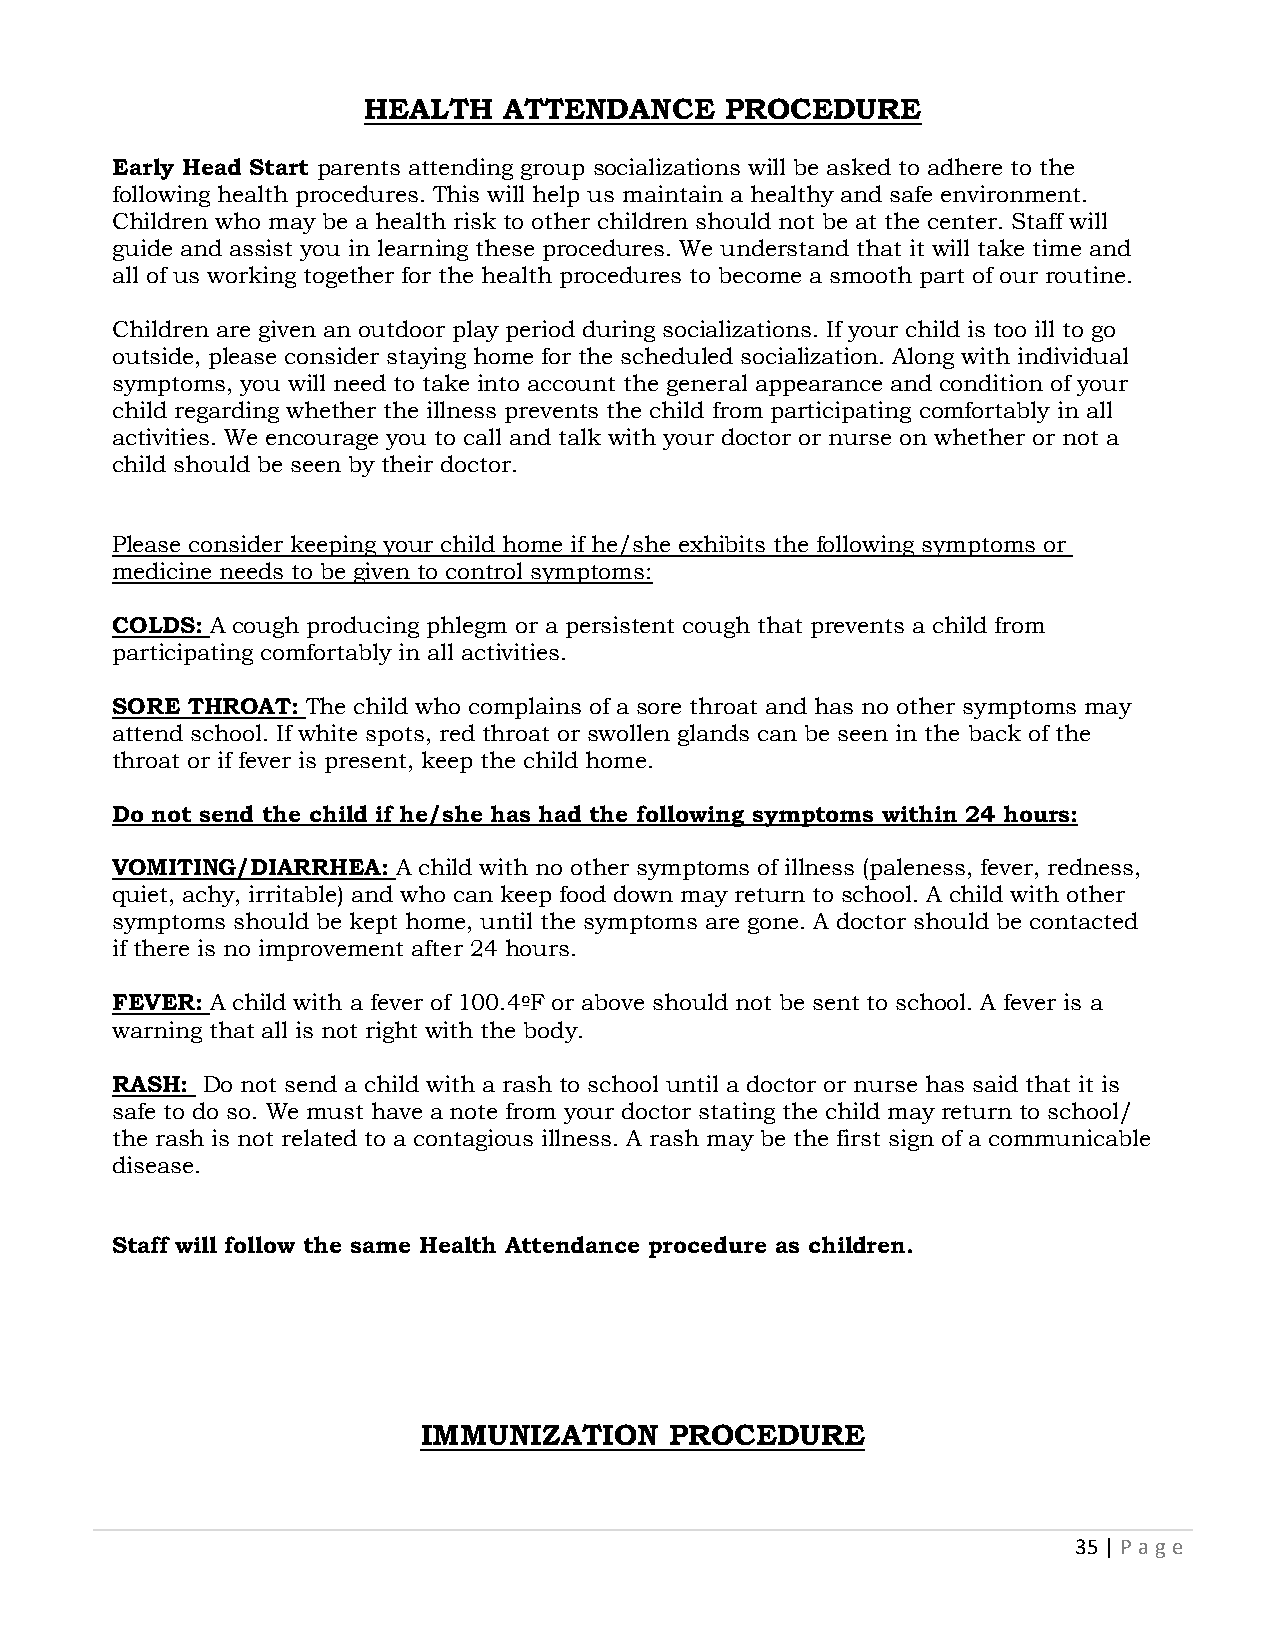
HEALTH   ATTENDANCE     PROCEDURE
 Early Head Start parents attending group socializations will be asked to adhere to the
 following health procedures. This will help us maintain a healthy and safe environment.
 Children who may be a health risk to other children should not be at the center. Staff will
 guide and assist you in learning these procedures. We understand that it will take time and
 all of us working together for the health procedures to become a smooth part of our routine.
 Children are given an outdoor play period during socializations. If your child is too ill to go
 outside, please consider staying home for the scheduled socialization. Along with individual
 symptoms, you will need to take into account the general appearance and condition of your
 child regarding whether the illness prevents the child from participating comfortably in all
 activities. We encourage you to call and talk with your doctor or nurse on whether or not a
 child should be seen by their doctor.
 Please consider keeping your child home if he/she exhibits the following symptoms or
 medicine needs to be given to control symptoms:
 COLDS: A cough producing phlegm or a persistent cough that prevents a child from
 participating comfortably in all activities.
 SORE THROAT: The child who complains of a sore throat and has no other symptoms may
 attend school. If white spots, red throat or swollen glands can be seen in the back of the
 throat or if fever is present, keep the child home.
 Do not send the child if he/she has had the following symptoms within 24 hours:
 VOMITING/DIARRHEA: A child with no other symptoms of illness (paleness, fever, redness,
 quiet, achy, irritable) and who can keep food down may return to school. A child with other
 symptoms should be kept home, until the symptoms are gone. A doctor should be contacted
 if there is no improvement after 24 hours.
 FEVER: A child with a fever of 100.4ºF or above should not be sent to school. A fever is a
 warning that all is not right with the body.
 RASH: Do not send a child with a rash to school until a doctor or nurse has said that it is
 safe to do so. We must have a note from your doctor stating the child may return to school/
 the rash is not related to a contagious illness. A rash may be the first sign of a communicable
 disease.
 Staff will follow the same Health Attendance procedure as children.
 IMMUNIZATION    PROCEDURE
 35 | P age